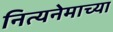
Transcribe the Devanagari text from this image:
नित्यनेमाच्या